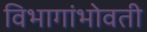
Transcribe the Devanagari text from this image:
विभागांभोवती